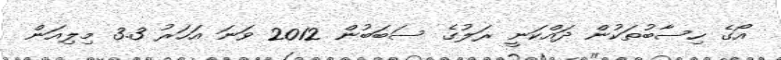
އޯގެ ހިސާބުތަކުން ދައްކަނީ ރަލުގެ ސަބަބުން 2012 ވަނަ އަހަރު 3.3 މިލިއަން